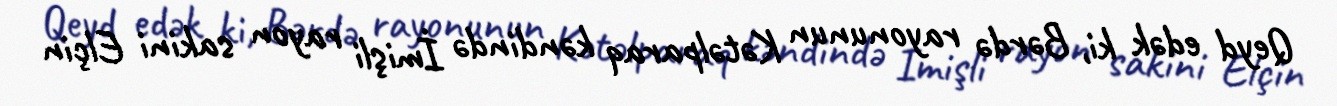
Qeyd edək ki, Bərdə rayonunun Kətəlparaq kəndində İmişli rayon sakini Elçin